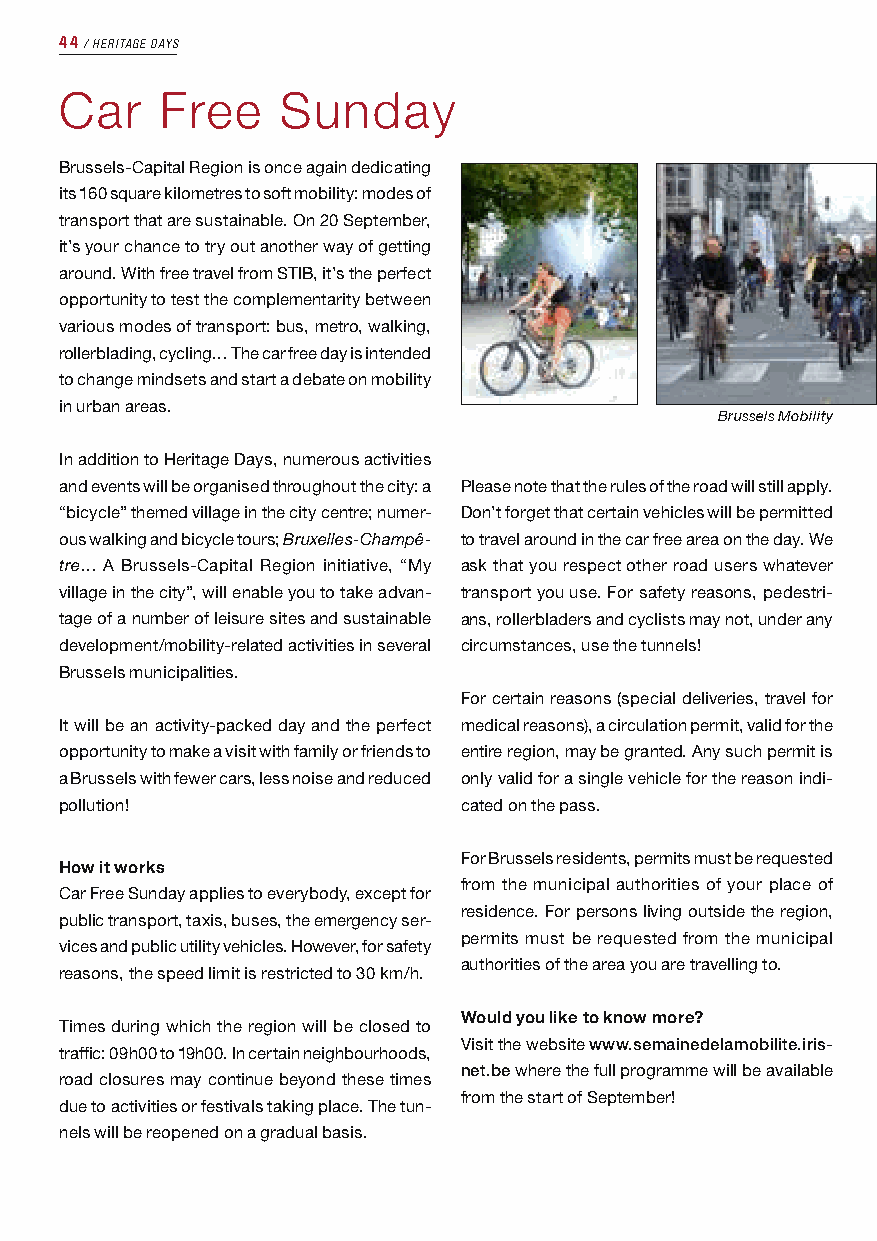
44 ⁄ HERITAGE DAYS
 Car    Free    Sunday
 Brussels-Capital Region is once again dedicating
 its 160 square kilometres to soft mobility: modes of
 transport that are sustainable. On 20 September,
 it’s your chance to try out another way of getting
 around. With free travel from STIB, it’s the perfect
 opportunity to test the complementarity between
 various modes of transport: bus, metro, walking,
 rollerblading, cycling… The car free day is intended
 to change mindsets and start a debate on mobility
 in urban areas.
 Brussels Mobility
 In addition to Heritage Days, numerous activities
 and events will be organised throughout the city: a Please note that the rules of the road will still apply.
 “bicycle” themed village in the city centre; numer- Don’t forget that certain vehicles will be permitted
 ous walking and bicycle tours; Bruxelles-Champê- to travel around in the car free area on the day. We
 tre… A Brussels-Capital Region initiative, “My ask that you respect other road users whatever
 village in the city”, will enable you to take advan- transport you use. For safety reasons, pedestri-
 tage of a number of leisure sites and sustainable ans, rollerbladers and cyclists may not, under any
 development/mobility-related activities in several circumstances, use the tunnels!
 Brussels municipalities.
 For certain reasons (special deliveries, travel for
 It will be an activity-packed day and the perfect medical reasons), a circulation permit, valid for the
 opportunity to make a visit with family or friends to entire region, may be granted. Any such permit is
 a Brussels with fewer cars, less noise and reduced only valid for a single vehicle for the reason indi-
 pollution!                cated on the pass.
 For Brussels residents, permits must be requested
 How it works
 from the municipal authorities of your place of
 Car Free Sunday applies to everybody, except for
 residence. For persons living outside the region,
 public transport, taxis, buses, the emergency ser-
 permits must be requested from the municipal
 vices and public utility vehicles. However, for safety
 authorities of the area you are travelling to.
 reasons, the speed limit is restricted to 30 km/h.
 Would you like to know more?
 Times during which the region will be closed to
 Visit the website www.semainedelamobilite.iris-
 traffic: 09h00 to 19h00. In certain neighbourhoods,
 net.be where the full programme will be available
 road closures may continue beyond these times
 from the start of September!
 due to activities or festivals taking place. The tun-
 nels will be reopened on a gradual basis.